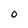
Character: o